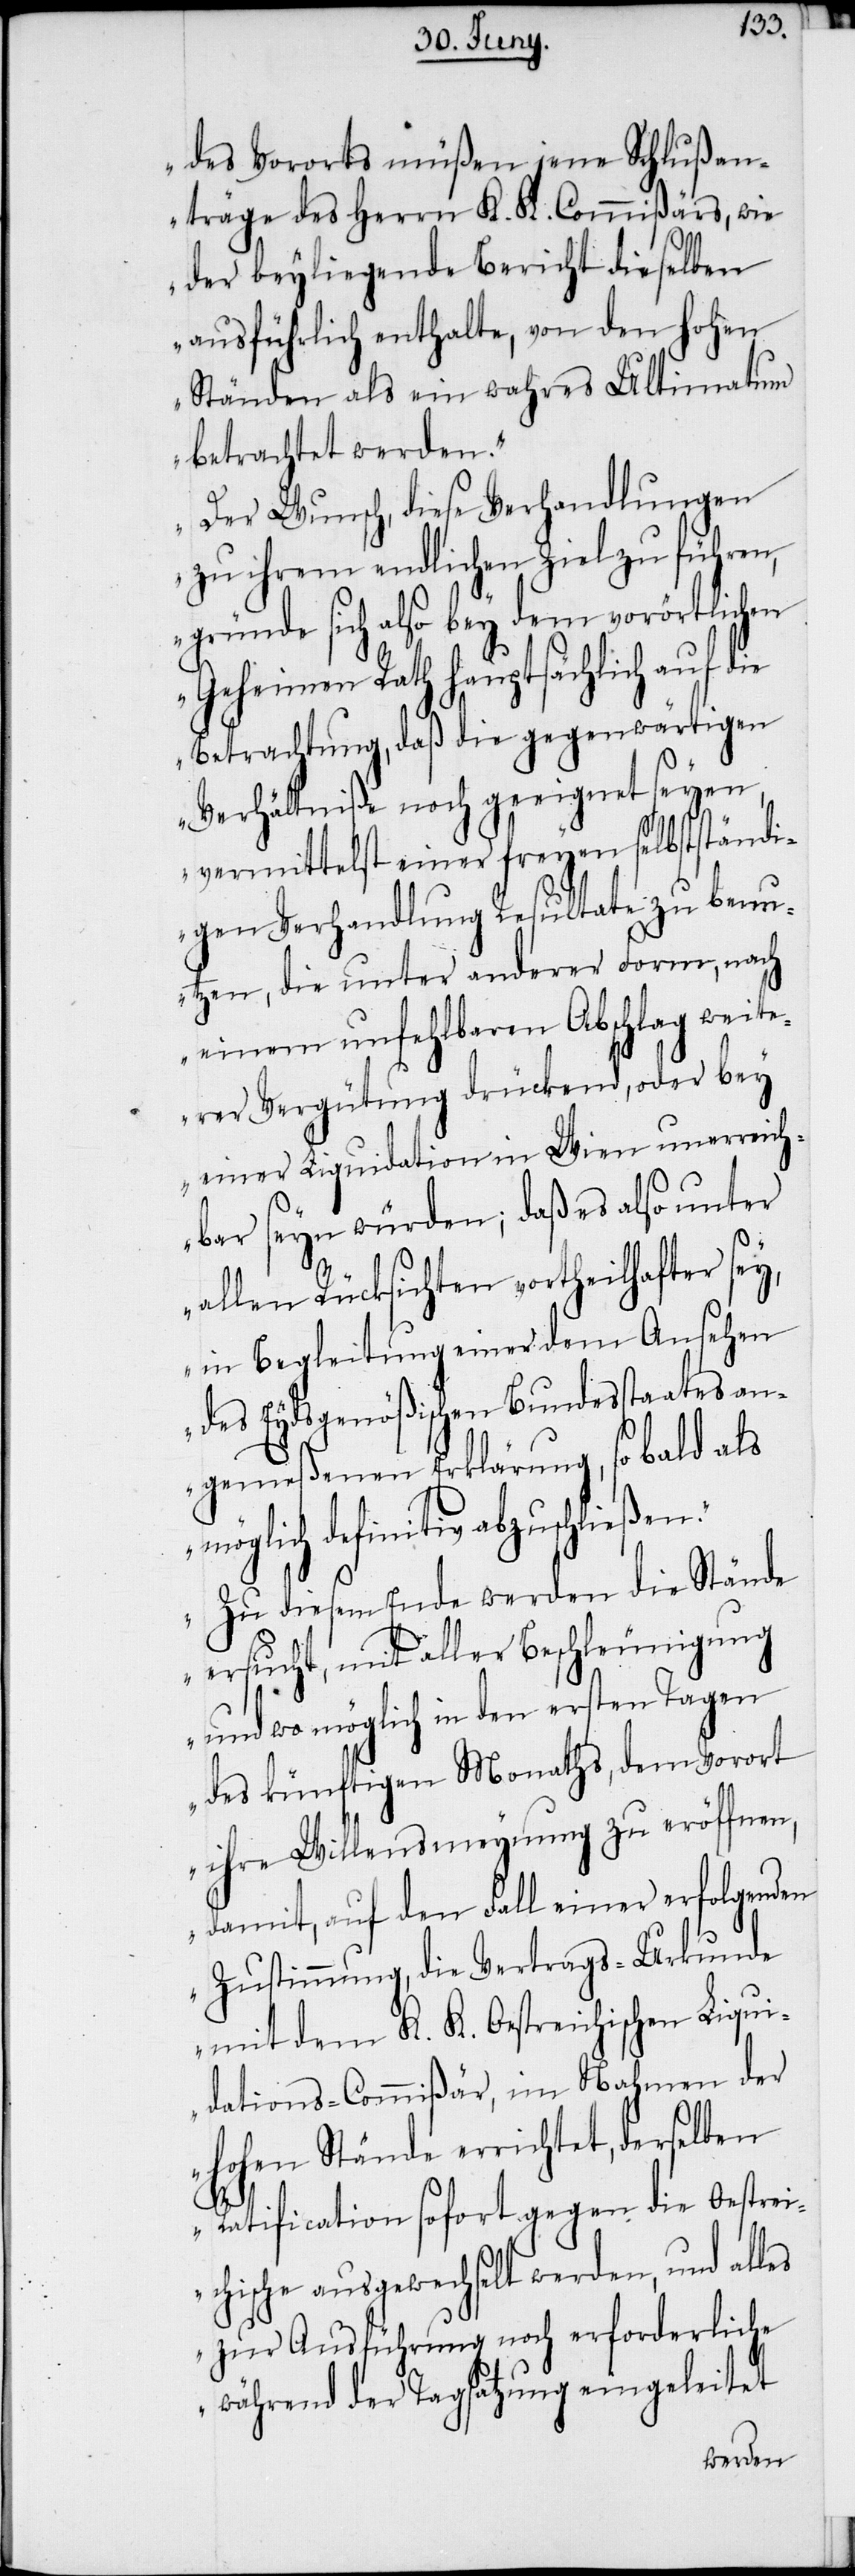
des Vororts müßen jene Schlußan¬
träge des Herrn K. K. Commißärs, wie
der beyliegende Bericht dieselben
ausführlich enthalte, von den hohen
Ständen als ein wahres Ultimatum
betrachtet werden.“
„Der Wunsch, diese Verhandlungen
zu ihrem endlichen Ziel zu führen,
gründe sich also bey dem vorörtlichen
Geheimen Rath hauptsächlich auf die
Betrachtung, daß die gegenwärtigen
Verhältniße noch geeignet seyen,
vermittelst einer freyen selbstständi¬
gen Verhandlung Resultate zu benu¬
tzen, die unter anderer Form, nach
einem unfehlbaren Abschlag weit¬
erer Vergütung drückend, oder bey
einer Liquidation in Wien unerreich¬
bar seyn würden; daß es also unter
allen Rücksichten vortheilhafter sey,
in Begleitung einer dem Ansehen
des Eydsgenößischen Bundesstaates an¬
gemeßenen Erklärung, so bald als
definitiv abzuschließen.“
„Zu diesem Ende werden die Stände
ersucht, mit aller Beschleunigung
und wo möglich in den ersten Tagen
des künftigen Monaths, dem Vorort
ihre Willensmeynung zu eröffnen,
damit, auf den Fall einer erfolgenden
Zustimmung, die Vertrags-Urkunde
mit dem K. K. Oestreichischen Liqui¬
dations-Commißär, im Nahmen der
hohen Stände errichtet, derselben
Ratification sofort gegen die Oestre¬
ichische ausgewechselt werden, und alles
zur Ausführung noch erforderliche
während der Tagsatzung eingeleitet